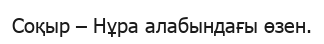
Соқыр – Нұра алабындағы өзен.